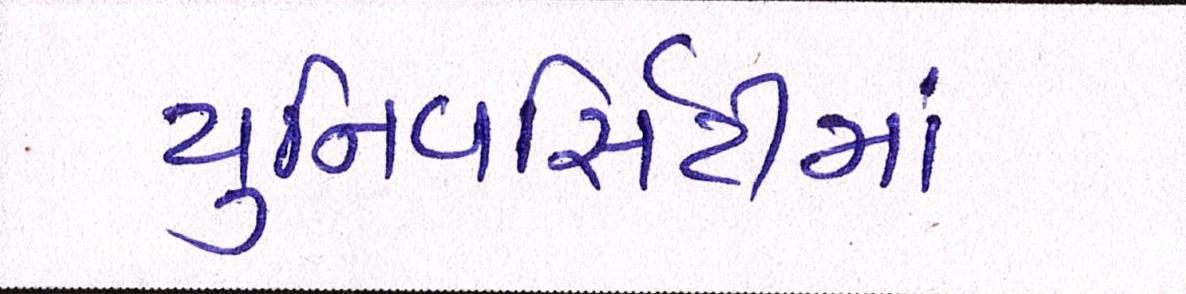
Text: યુનિવર્સિટીમાં